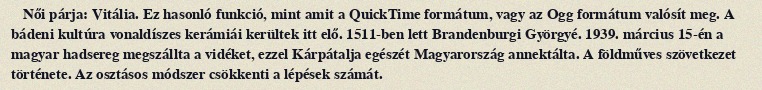
Női párja: Vitália. Ez hasonló funkció, mint amit a QuickTime formátum, vagy az Ogg formátum valósít meg. A bádeni kultúra vonaldíszes kerámiái kerültek itt elő. 1511-ben lett Brandenburgi Györgyé. 1939. március 15-én a magyar hadsereg megszállta a vidéket, ezzel Kárpátalja egészét Magyarország annektálta. A földműves szövetkezet története. Az osztásos módszer csökkenti a lépések számát.